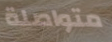
متواصلة